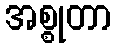
အစ္စုတာ